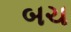
બચ